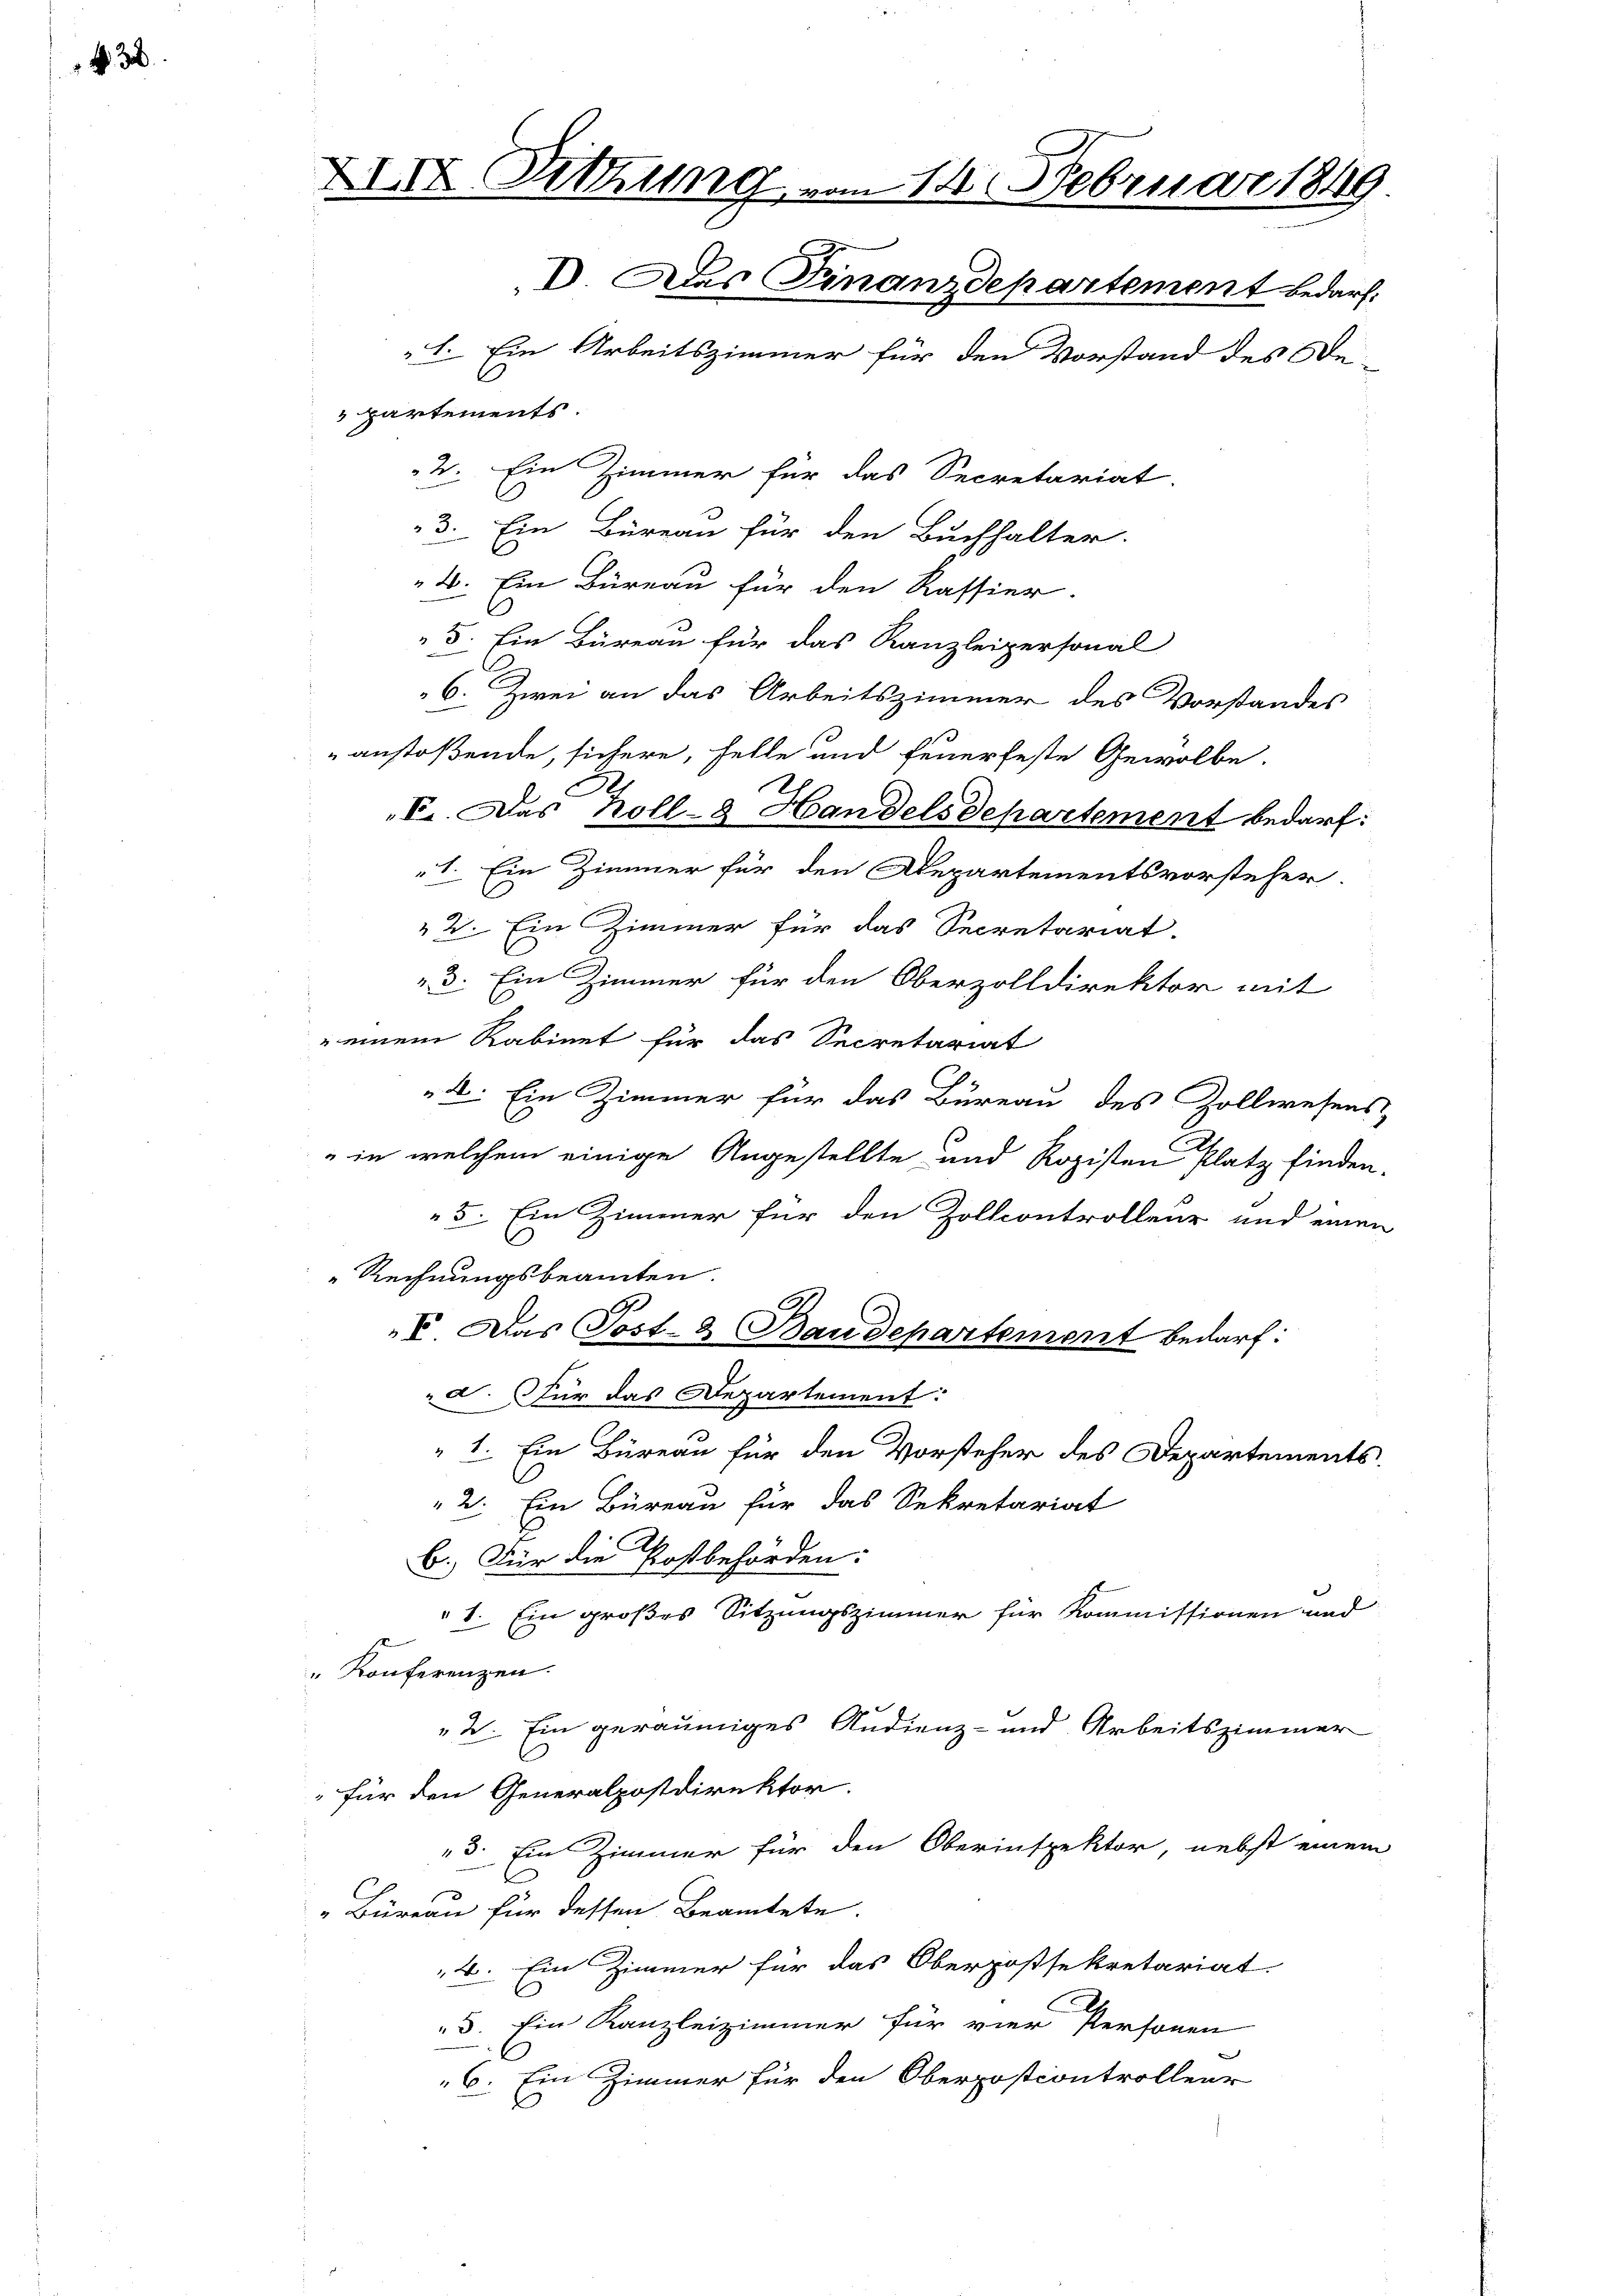
3

XIX. Sitzung vom 14. Februar 1849.
 Das Finanzdepartement bedarf.
1. Ein Arbeitszimmer für den Vorstand des Be-

partements.
2. Ein Zimmer für das Secretariat.
3. Ein Büreau für den Buchhalter.
2. Ein Büreau für den Kassier.
5. Ein Büreau für das Kanzleipersonal
6. Zwei an das Arbeitszimmer des Vorstandes
anstoßende, sichere, helle und feuerfeste Gewölbe,
F. Das Koll- Handels Departement bedarf.
1. Ein Zimmer für den Departementsvorsteher.
2. Ein Zimmer für das Secretariat.
3. Ein Zimmer für den Oberzolldirektor mit
 einem Rabinet für das Secretariat
4. Ein Zimmer für das Bureau des Zollwesens
in welchem einige Angestellte und Ropisten Platz finden.
5. Ein Zimmer für den Zoltcontrolleur und einen
Rechnungsbeamten.
V. Das Post- & Baudepartement Bedarf:
d. Für das Departement:
" 1. Ein Büreau für den Vorsteher des Departements.
2. Ein Büreau für das Sekretariat
b. Für die Postbehörden:
1. Ein großes Sitzungszimmer für Kommissionen und
"Konferenzen.
2. Ein geräumiges Audienz- und Arbeitszimmer
" für den Generalpostdirektor.
3. Ein Zimmer für den Oberinspektor, nebst einem
Büreau für dessen Beamtete.
4. Ein Zimmer für das Oberpossekretariat.
3. Ein Kanzleizimmer für vier Personen
6. Ein Zimmer für den Oberpostcontrolleur